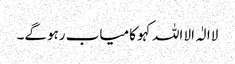
لاالٰہ الا اللہ کہو کامیاب رہوگے۔